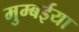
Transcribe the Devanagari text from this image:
मुम्बईया